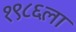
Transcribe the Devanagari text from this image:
१९८६ला